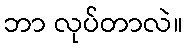
ဘာ လုပ်တာလဲ။